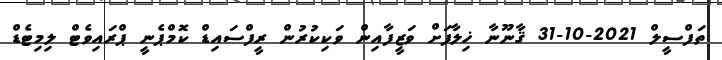
ތަފްސީލް 2021-10-31 ޤާނޫނާ ޚިލާފަށް ވަޒީފާއިން ވަކިކުރުން ރީފްސައިޑް ކޮމްޕެނީ ޕްރައިވެޓް ލިމިޓެޑް